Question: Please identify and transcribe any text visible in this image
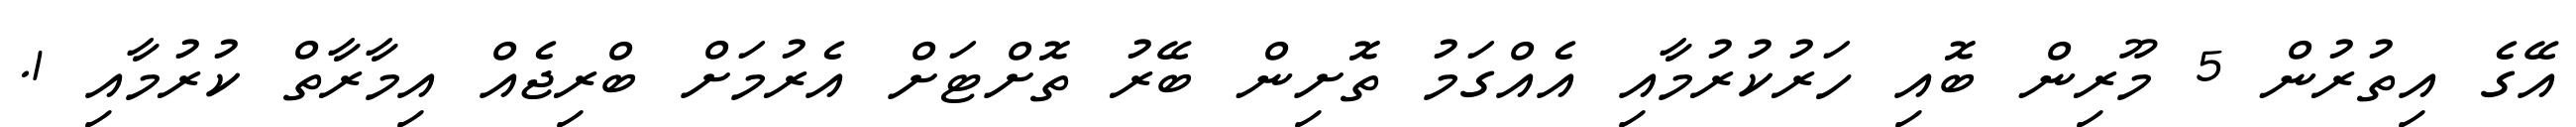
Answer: އޭގެ އިތުރުން 5 މޫރިން ބޮއި ހަރުކުރުމާއި އެއްގަމު ތޮށިން ބޭރު ތޮށްޓަށް އެރުމަށް ބްރިޖެއް އިމާރާތް ކުރުމާއި 1.